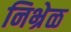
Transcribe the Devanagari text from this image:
निभ्रेळ